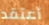
أعتقد